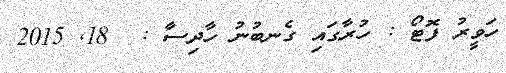
ހަވީރު ފޮޓޯ : ހުރާގައި ގެނބުނު ހާދިސާ :  18